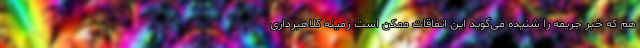
هم که خبر جریمه را شنیده می‌گوید این اتفاقات ممکن است زمینه کلاهبرداری